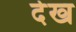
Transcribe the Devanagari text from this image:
देख्‍ा